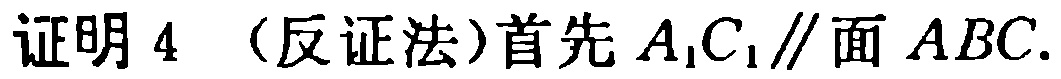
证明 4 （反证法）首先 \(A_1C_1\parallel\)面 \(ABC\).